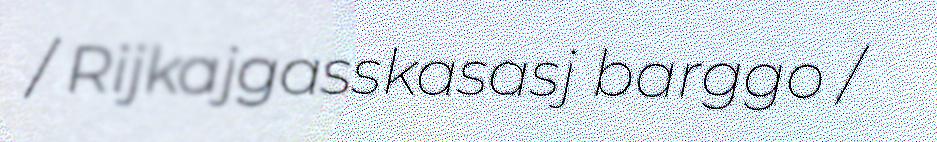
/ Rijkajgasskasasj barggo /